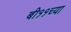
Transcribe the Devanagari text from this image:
बी११च्या